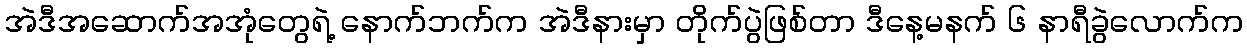
အဲဒီအဆောက်အအုံတွေရဲ့ နောက်ဘက်က အဲဒီနားမှာ တိုက်ပွဲဖြစ်တာ ဒီနေ့မနက် ၆ နာရီခွဲလောက်က